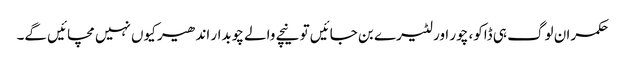
حکمران لوگ ہی ڈاکو، چور اور لٹیرے بن جائیں تو نیچے والے چوبدار اندھیر کیوں نہیں مچائیں گے۔